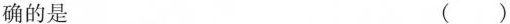
确的是 ( )